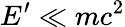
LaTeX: E^{\prime}\ll mc^{2}